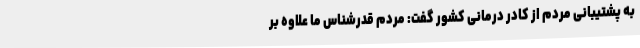
به پشتیبانی مردم از کادر درمانی کشور گفت: مردم قدرشناس ما علاوه بر